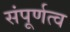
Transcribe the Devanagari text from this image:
संपूर्णत्व